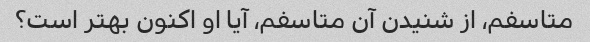
متاسفم، از شنیدن آن متاسفم، آیا او اکنون بهتر است؟